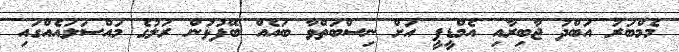
މެމްބަރު އަބްދު ޖާބިރާއި އެމްޑީޕީ އަށް ނިސްބަތްވާ ބައެއް ބޭފުޅުން ރަލުގެ މައްސަލައެއްގައި